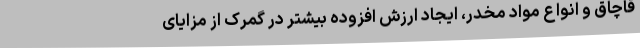
قاچاق و انواع مواد مخدر، ایجاد ارزش افزوده بیشتر در گمرک از مزایای